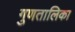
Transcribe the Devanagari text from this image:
गुणतालिका